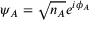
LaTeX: \psi _ { A } = { \sqrt { n _ { A } } } e ^ { i \phi _ { A } }